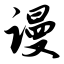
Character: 谩